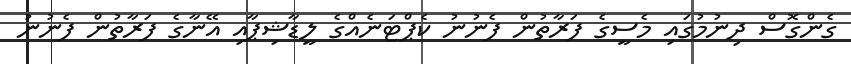
ގެންގޮސް ދިނުމުގައި މެސީގެ ފަރާތުން ފެނުނު ކެޕްޓަނެއްގެ ލީޑާޝިޕާއި އޭނާގެ ފަރާތުން ފެނުނު